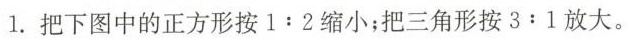
1.把下图中的正方形按1:2缩小；把三角形按3:1放大。